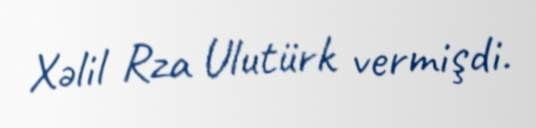
Xəlil Rza Ulutürk vermişdi.